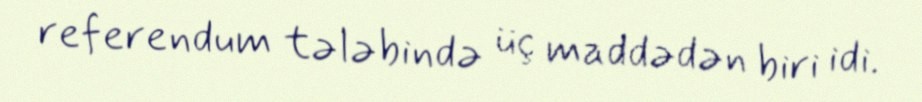
referendum tələbində üç maddədən biri idi.